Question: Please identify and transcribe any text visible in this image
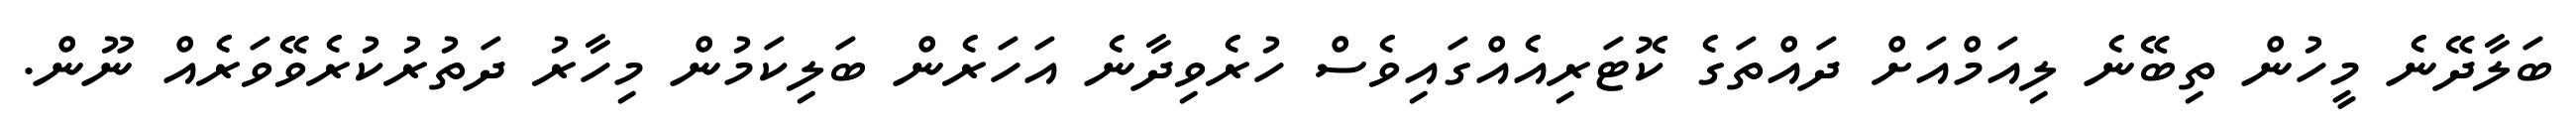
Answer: ބަލާދޭނެ މީހުން ތިބޭނެ ލިއަމްއަށް ދައްތަގެ ކޮޓަރިއެއްގައިވެސް ހުރެވިދާނެ އަހަރެން ބަލިކަމުން މިހާރު ދަތުރުކުރެވޭވަރެއް ނޫން.